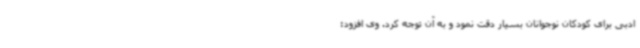
ادبی برای کودکان نوجوانان بسیار دقت نمود و به آن توجه کرد. وی افزود: